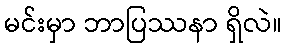
မင်းမှာ ဘာပြဿနာ ရှိလဲ။